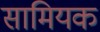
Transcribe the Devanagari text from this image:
सामियक